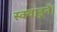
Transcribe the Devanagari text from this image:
स्क्वाड्रनें।